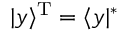
| y \rangle ^ { \mathrm { T } } = \langle y | ^ { * }